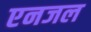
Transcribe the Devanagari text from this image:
एनजल